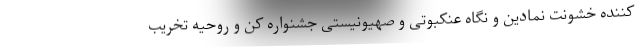
کننده خشونت نمادین و نگاه عنکبوتی و صهیونیستی جشنواره کن و روحیه تخریب